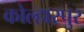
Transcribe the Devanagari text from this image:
कोल्हारपुर